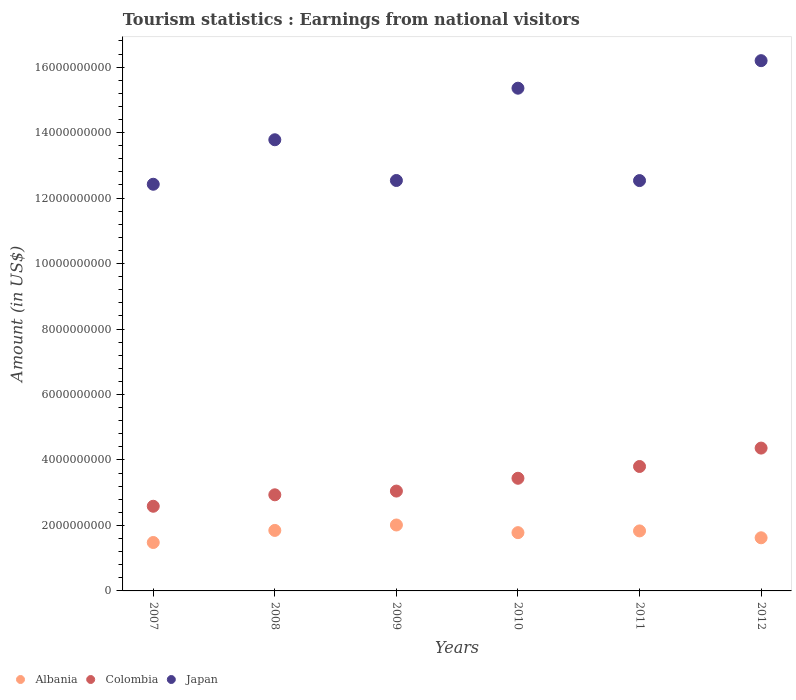
| Years | Albania | Colombia | Japan |
 | --- | --- | --- | --- |
 | 2007 | 1.48e+09 | 2.59e+09 | 1.24e+10 |
 | 2008 | 1.85e+09 | 2.94e+09 | 1.38e+10 |
 | 2009 | 2.01e+09 | 3.05e+09 | 1.25e+10 |
 | 2010 | 1.78e+09 | 3.44e+09 | 1.54e+10 |
 | 2011 | 1.83e+09 | 3.8e+09 | 1.25e+10 |
 | 2012 | 1.62e+09 | 4.36e+09 | 1.62e+10 |